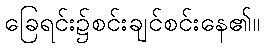
ခြေရင်း၌စင်းချင်စင်းနေ၏။